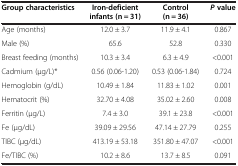
<table><thead><tr><td><b>Group characteristics</b></td><td><b>Iron-deficient infants (n = 31)</b></td><td><b>Control (n = 36)</b></td><td><b><i>P </i>value</b></td></tr></thead><tbody><tr><td>Age (months)</td><td>12.0 ± 3.7</td><td>11.9 ± 4.1</td><td>0.867</td></tr><tr><td>Male (%)</td><td>65.6</td><td>52.8</td><td>0.330</td></tr><tr><td>Breast feeding (months)</td><td>10.3 ± 3.4</td><td>6.3 ± 4.9</td><td>&lt;0.001</td></tr><tr><td>Cadmium (μg/L)*</td><td>0.56 (0.06-1.20)</td><td>0.53 (0.06-1.84)</td><td>0.724</td></tr><tr><td>Hemoglobin (g/dL)</td><td>10.49 ± 1.84</td><td>11.83 ± 1.02</td><td>0.001</td></tr><tr><td>Hematocrit (%)</td><td>32.70 ± 4.08</td><td>35.02 ± 2.60</td><td>0.008</td></tr><tr><td>Ferritin (μg/L)</td><td>7.4 ± 3.0</td><td>39.1 ± 23.8</td><td>&lt;0.001</td></tr><tr><td>Fe (μg/dL)</td><td>39.09 ± 29.56</td><td>47.14 ± 27.79</td><td>0.255</td></tr><tr><td>TIBC (μg/dL)</td><td>413.19 ± 53.18</td><td>351.80 ± 47.07</td><td>&lt;0.001</td></tr><tr><td>Fe/TIBC (%)</td><td>10.2 ± 8.6</td><td>13.7 ± 8.5</td><td>0.091</td></tr></tbody></table>